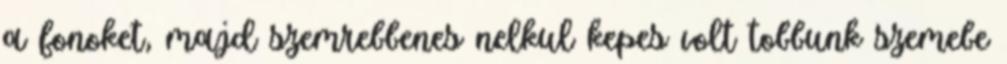
a fonoket, majd szemrebbenes nelkul kepes volt tobbunk szemebe